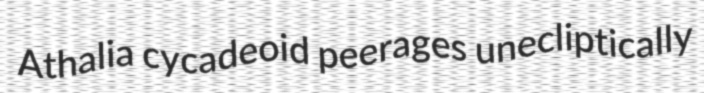
Athalia cycadeoid peerages unecliptically